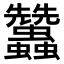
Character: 𧖟